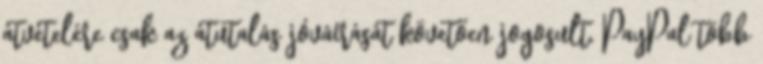
átvételére csak az átutalás jóváírását követően jogosult. PayPal több